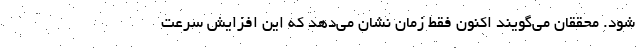
شود. محققان می‌گویند اکنون فقط زمان نشان می‌دهد که این افزایش سرعت